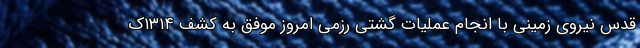
قدس نیروی زمینی با انجام عملیات گشتی رزمی امروز موفق به کشف ۱۳۱۴ک